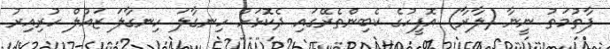
ފާތުމަތު ނީނާ (ލާރާ) އޮފީހުގެ ކެބިންތެރޭގައި ދެކޮޅަށް ހިނގާލަ ހިނގާލަ ޒައުލް ހުރިއިރު